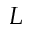
{ \cal L }